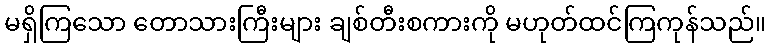
မရှိကြသော တောသားကြီးများ ချစ်တီးစကားကို မဟုတ်ထင်ကြကုန်သည်။